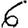
Digit: 6